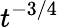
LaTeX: t^{-3/4}